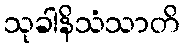
သုခါနိသံသာတိ